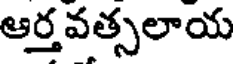
ఆర్తవత్సలాయ